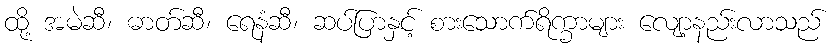
ထို့ အမဲဆီ၊ ဓာတ်ဆီ၊ ရေနံဆီ၊ ဆပ်ပြာနှင့် စားသောက်ရိက္ခာများ လျော့နည်းလာသည်